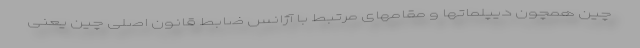
چین همچون دیپلماتها و مقامهای مرتبط با آژانس ضابط قانون اصلی چین یعنی